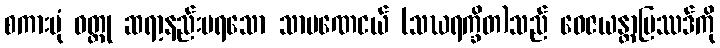
စကားပုံ ဝတ္ထု ဆရာ့နည်းမရသော သာမဏေငယ် (သဃရက္ခိတ)သည် ဝေဇယန္တာပြဿဒ်ကို